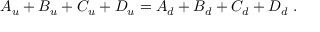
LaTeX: A _ { u } + B _ { u } + C _ { u } + D _ { u } = A _ { d } + B _ { d } + C _ { d } + D _ { d } ~ .